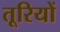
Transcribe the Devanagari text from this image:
तूरियों